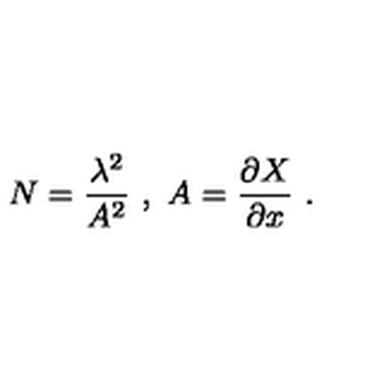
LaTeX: N = \frac { \lambda ^ { 2 } } { A ^ { 2 } } \ , \ A = \frac { \partial X } { \partial x } \ .